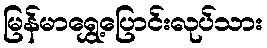
မြန်မာရွှေ့ပြောင်းလုပ်သား